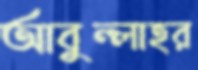
আবুল্লাহর